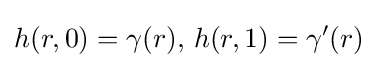
h(r,0)=\gamma (r),\,h(r,1)=\gamma '(r)